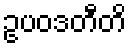
ဥပဝဒတီတိ